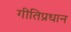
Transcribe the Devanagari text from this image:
गीतिप्रधान